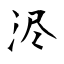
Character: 浕